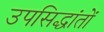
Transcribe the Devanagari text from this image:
उपसिद्धांतों